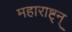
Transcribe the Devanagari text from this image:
महाराष्ट्न्